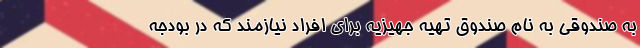
به صندوقی به نام صندوق تهیه جهیزیه برای افراد نیازمند که در بودجه